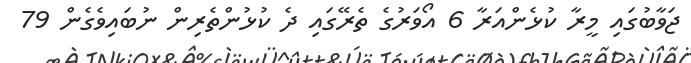
ޖަވާބުގައި މީރާ ކުޅެންއަރާ 6 އޯވަރުގެ ތެރޭގައި ދެ ކުޅުންތެރިން ނުބައިވެގެން 79